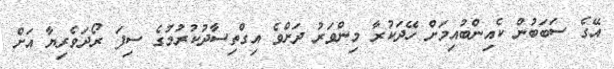
އޭގެ ސަބަބުން ކެއިންބުއިމަށް ހޭދަކުރާ މިންވަރު ދަށްވެ އިގްތިސާދުކުރުމުގެ ސިފަ ރޯދަވެރިޔާ އަށް